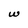
Character: w